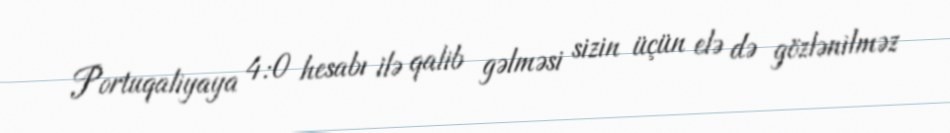
Portuqaliyaya 4:0 hesabı ilə qalib gəlməsi sizin üçün elə də gözlənilməz